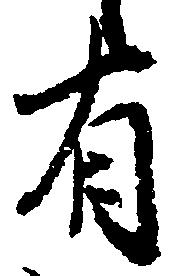
有